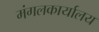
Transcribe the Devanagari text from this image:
मंगलकार्यालय